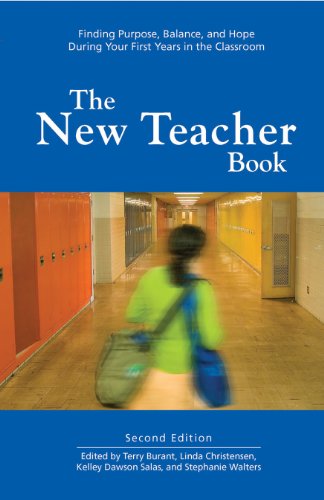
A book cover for The New Teacher Book: Finding Purpose, Balance and Hope During Your First Years in the Classroom; Rethinking Schools; Business & Money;